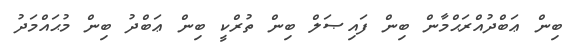
ބިން ޢަބްދުއްރަޙްމާން ބިން ފައިޞަލް ބިން ތުރްކީ ބިން ޢަބްދު ބިން މުޙައްމަދު